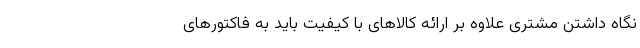
نگاه داشتن مشتری علاوه بر ارائه کالاهای با کیفیت باید به فاکتورهای